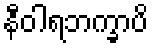
နီဝါရဘက္ခာပိ